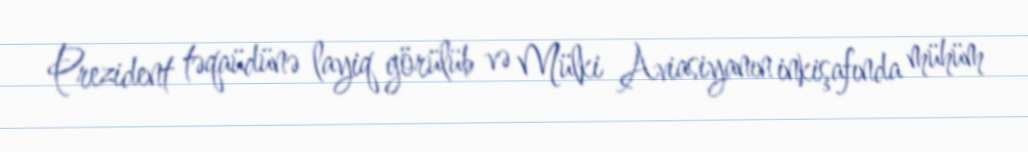
Prezident təqaüdünə layiq görülüb və Mülki Aviasiyanın inkişafında mühüm